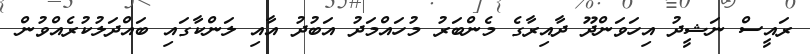
ރައީސް ނަޝީދު އިހަވަންދޫ ދާއިރާގެ މެންބަރު މުހައްމަދު އަބުދު އާއި ލަންކާގައި ބައްދަލުކުރެއްވުން